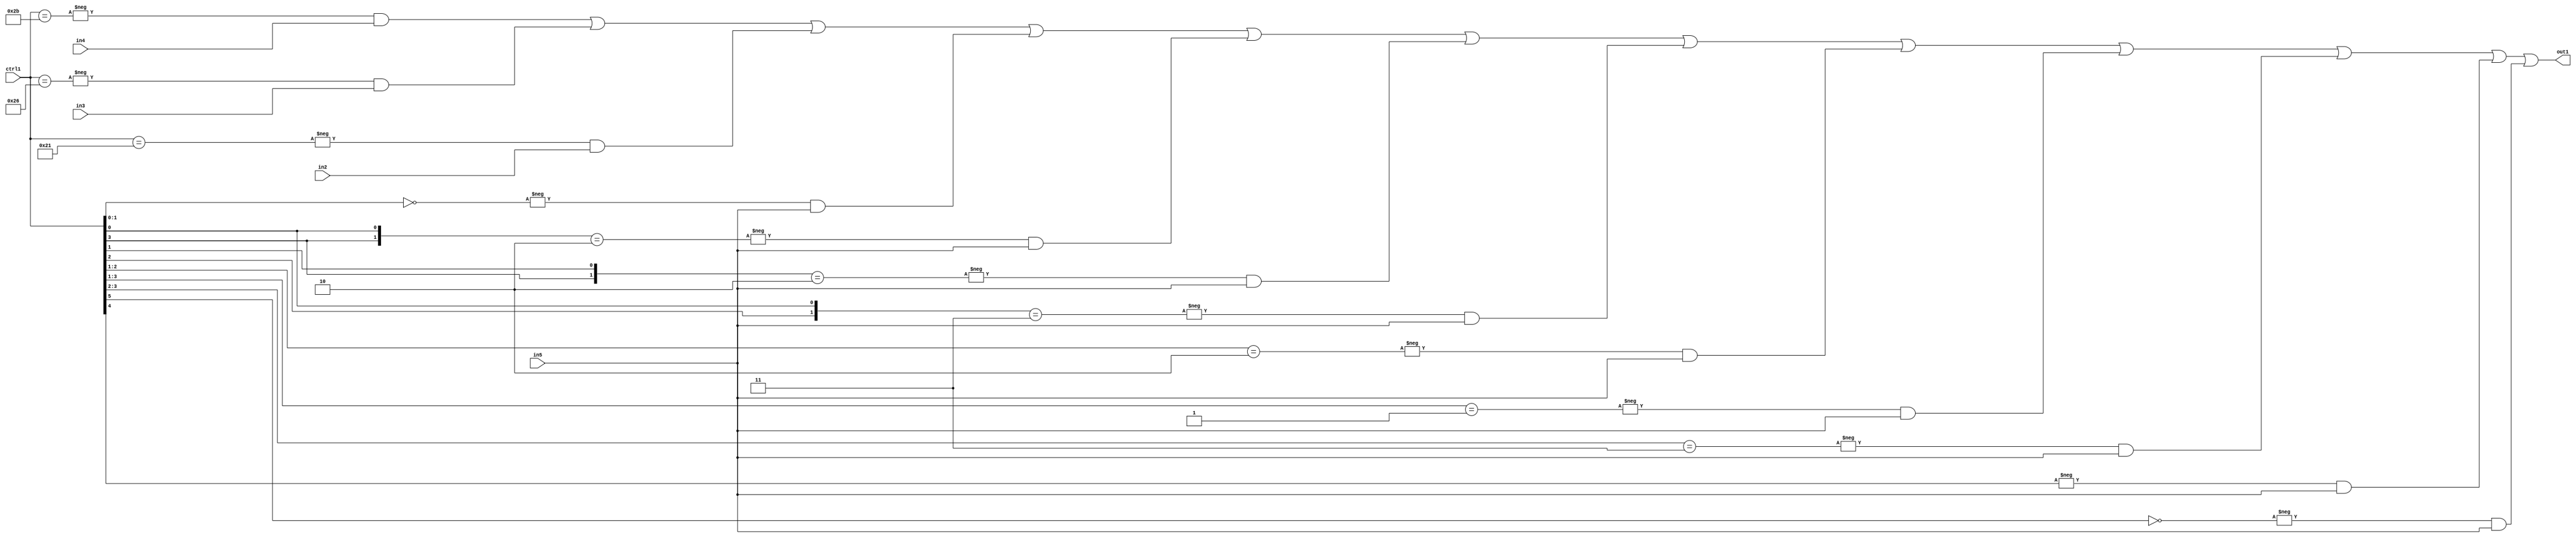
`timescale 1ps / 1ps
/*****************************************************************************
    Verilog RTL Description
    
    
    Created by: Stratus DpOpt 21.05.01 
*******************************************************************************/

module SobelFilter_N_Mux_32_4_48_1 (
	in5,
	in4,
	in3,
	in2,
	ctrl1,
	out1
	); /* architecture "behavioural" */ 
input [31:0] in5;
input [8:0] in4,
	in3,
	in2;
input [5:0] ctrl1;
output [31:0] out1;
wire [31:0] asc001;

assign asc001 = 
	-{ctrl1 == 6'B101011} & in4 |
	-{ctrl1 == 6'B100110} & in3 |
	-{ctrl1 == 6'B100001} & in2 |
	-{ctrl1[1:0] == 2'B00} & in5 |
	-{{ctrl1[3], ctrl1[0]} == 2'B10} & in5 |
	-{{ctrl1[3], ctrl1[1]} == 2'B10} & in5 |
	-{{ctrl1[2], ctrl1[0]} == 2'B11} & in5 |
	-{ctrl1[2:1] == 2'B10} & in5 |
	-{ctrl1[3:1] == 3'B001} & in5 |
	-{ctrl1[3:2] == 2'B11} & in5 |
	-{ctrl1[4] == 1'B1} & in5 |
	-{ctrl1[5] == 1'B0} & in5 ;

assign out1 = asc001;
endmodule

/* CADENCE  vbPwSgo= : u9/ySxbfrwZIxEzHVQQV8Q== ** DO NOT EDIT THIS LINE ******/